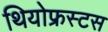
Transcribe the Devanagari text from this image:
थियोफ्रस्टस